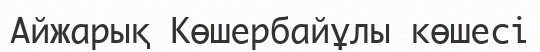
Айжарық Көшербайұлы көшесі